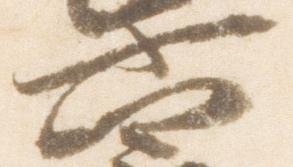
六